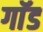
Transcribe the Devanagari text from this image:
गाॅड